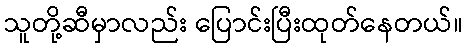
သူတို့ဆီမှာလည်း ပြောင်းပြီးထုတ်နေတယ်။